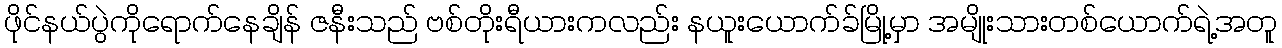
ဖိုင်နယ်ပွဲကိုရောက်နေချိန် ဇနီးသည် ဗစ်တိုးရီယားကလည်း နယူးယောက်ခ်မြို့မှာ အမျိုးသားတစ်ယောက်ရဲ့အတူ